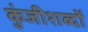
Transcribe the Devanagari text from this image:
कुंजीशब्दों